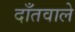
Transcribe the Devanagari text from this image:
दाँतवाले